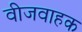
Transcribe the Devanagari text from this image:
वीजवाहक